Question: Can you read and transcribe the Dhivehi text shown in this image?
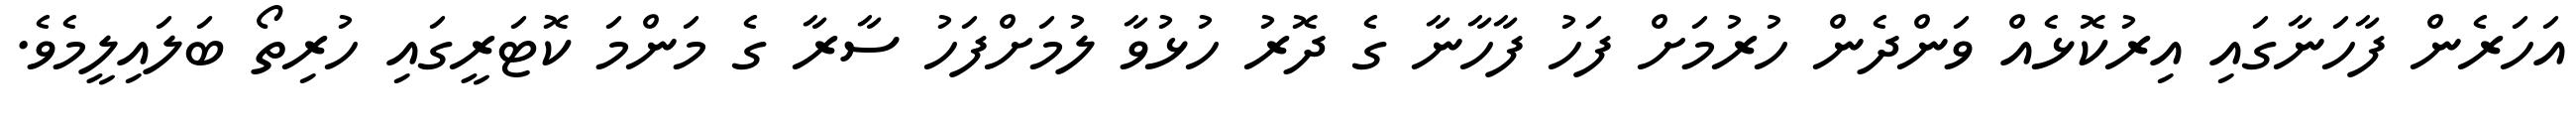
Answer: އަހަރެން ފާހަނާގައި އިރުކޮޅެއް ވަންދެން ހުރުމަށް ފަހު ފާހާނާ ގެ ދޮރު ހުޅުވާ ލުމަށްފަހު ސާރާ ގެ މަންމަ ކޮޓަރީގައި ހުރިތޯ ބަލައިލީމެވެ.